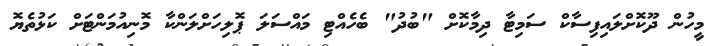
މީހުން ދޫކޮށްލައިފިސާކް ސަމިޓާ ދިމާކޮށް "ބުދު" ބެހެއްޓި މައްސަލަ ޕޮލިހަށްލަންކާ މޮނިއުމަންޓަށް ކަޅުތެޔޮ